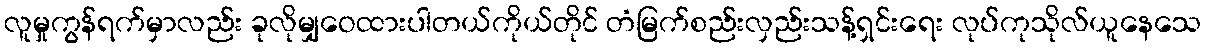
လူမှုကွန်ရက်မှာလည်း ခုလိုမျှဝေထားပါတယ်ကိုယ်တိုင် တံမြက်စည်းလှည်းသန့်ရှင်းရေး လုပ်ကုသိုလ်ယူနေသေ